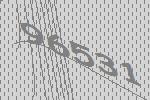
96531